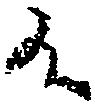
候